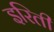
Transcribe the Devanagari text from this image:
इरिती